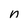
Character: n